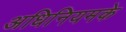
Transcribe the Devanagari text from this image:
अधिनियमके